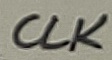
Text: CLK